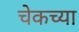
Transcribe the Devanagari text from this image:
चेकच्या